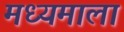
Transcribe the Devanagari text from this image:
मध्यमाला